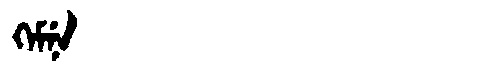
Manchu: ᡴᡝᠮᠨᡝ
Romanization: KEMNE